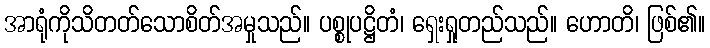
အာရုံကိုသိတတ်သောစိတ်အမှုသည်။ ပစ္စုပဋ္ဌိတံ၊ ရှေးရှုတည်သည်။ ဟောတိ၊ ဖြစ်၏။